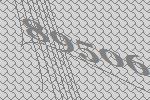
89506